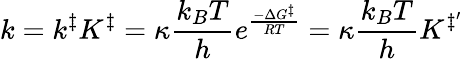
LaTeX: k=k^{\ddagger}K^{\ddagger}=\kappa{\frac{k_{B}T}{h}}e^{\frac{-\Delta G^{\ddagger}}{RT}}=\kappa{\frac{k_{B}T}{h}}K^{\ddagger^{\prime}}